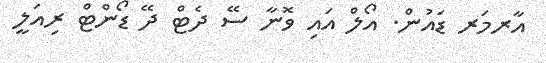
އާރމަރ ޑަައުން. އޯލް އައި ވޮނާ ސޭ ދެޓް ދޭ ޑޯންޓް ރިއަލީ